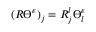
( R \varTheta ^ { \varepsilon } ) _ { j } = R _ { j } ^ { l } \varTheta _ { l } ^ { \varepsilon }